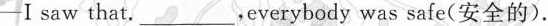
-I saw that.___ everybody was safe(安全的).